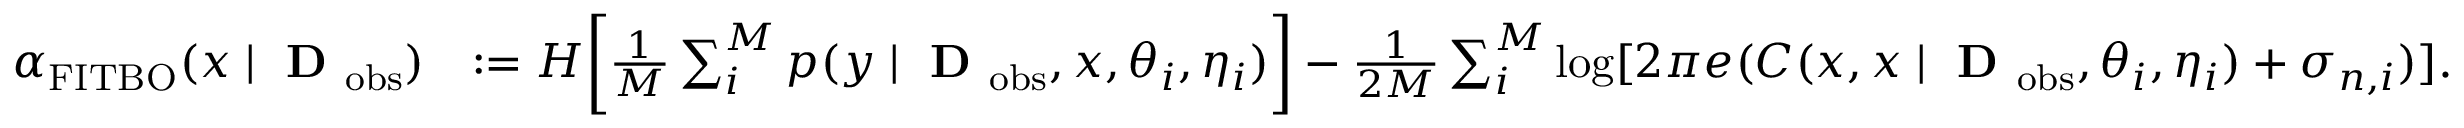
\begin{array} { r l } { \alpha _ { \mathrm { F I T B O } } ( x \mid \textbf { D } _ { \mathrm { o b s } } ) } & { : = H \bigg [ \frac { 1 } { M } \sum _ { i } ^ { M } p ( y \mid \textbf { D } _ { \mathrm { o b s } } , x , \theta _ { i } , \eta _ { i } ) \bigg ] - \frac { 1 } { 2 M } \sum _ { i } ^ { M } \log [ 2 \pi e ( C ( x , x \mid \textbf { D } _ { \mathrm { o b s } } , \theta _ { i } , \eta _ { i } ) + \sigma _ { n , i } ) ] . } \end{array}